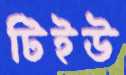
টিইউ